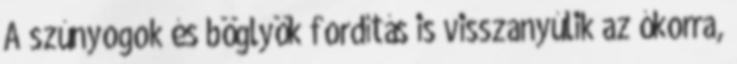
A szúnyogok és böglyök fordítás is visszanyúlik az ókorra,